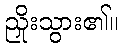
ညှိုးသွား၏။